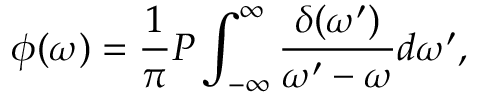
\phi ( \omega ) = \frac { 1 } { \pi } P \int _ { - \infty } ^ { \infty } \frac { \delta ( \omega ^ { \prime } ) } { \omega ^ { \prime } - \omega } d \omega ^ { \prime } ,